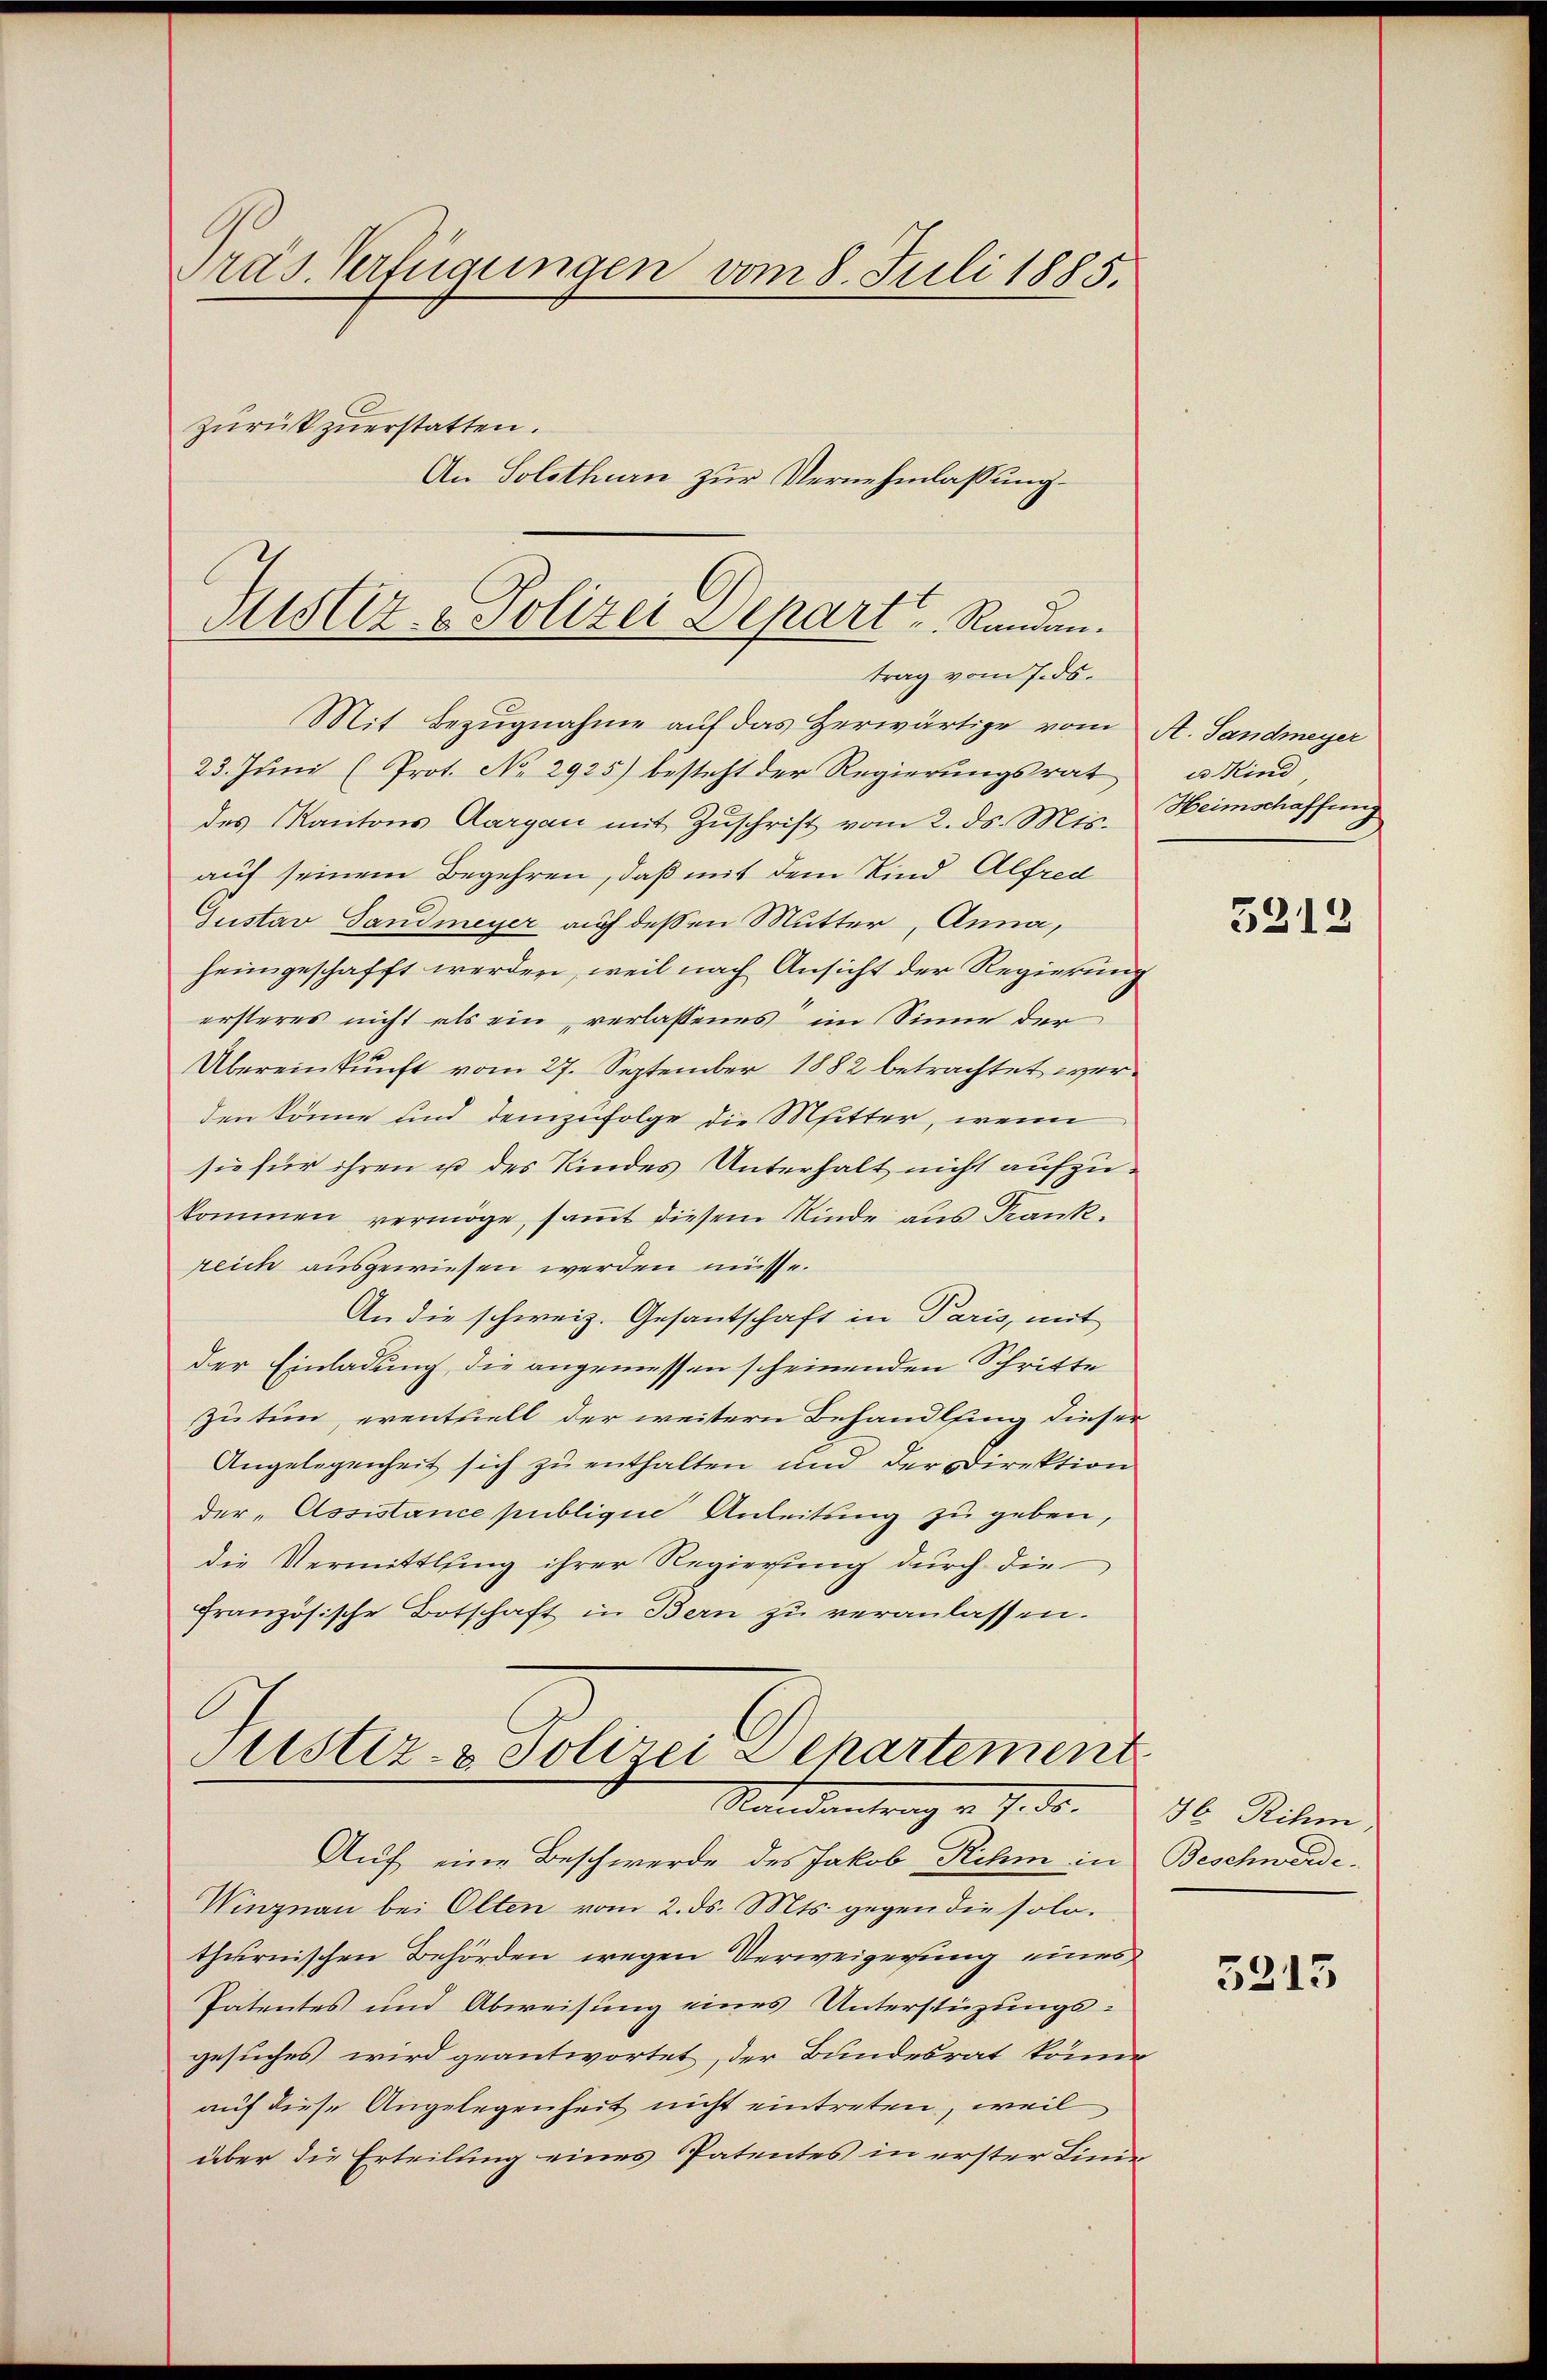
ras. Verfügungen vom 8. Juli 1885.
Zurükzuerstatten.
An Solothurn zur Vernehmlassung.

Justiz- & Polizei Depart u. Randen.
trag vom Ends¬

Mit Bezugnahme auf das Herwärtige vom A. Sandmeyer
23. Juni (Prot. No 2925) besteht der Regierungsrat
des Kantons Aargau mit Zŭschrift vom 2. ds. Mts.
auf seinem Begehren, daß mit dem Kind Alfred
Gustav Sandmeyer auf dessen Mutter, Anna,
heimgeschafft werden, weil nach Ansicht der Regierung
ersteres nicht als ein, verlassenes im Sinne der
Übereinkunft vom 27. September 1882 betrachtet werden könne und demzufolge die Mitter, wenn
sie für ihren u des Kindes Unterhalt nicht aufzukommen vermöge, samt diesem Kinde aus Krankreich ausgewiesen werden müsse.
An die schweiz. Gesantschaft in Paris, mit
der Einladung, die angemessen scheinenden Schritte
zu tun, eventuell der weitern Behandlung dieser
Angelegenheit sich zu enthalten und der Direktion
der „Assistance publigen Anleitung zu geben,
die Vermittlung ihrer Regierung durch die
französische Botschaft in Bern zu veranlassen.
Justiz- & Polizei Departement

Standentrag v. 7. ds. 36 Riken,

Auf eine Beschwerde des Jakob Rihm in
Winznau bei Olten vom 2. ds. Mts. gegen die solo.
thurnischen Behörden wegen Verweigerung eines
Patentes und Abweisung eines Unterstüzungs-
gesuches wird geantwortet, der Bundesrat könne
auf diese Angelegenheit nicht eintreten, weil
über die Erteilung eines Patentes in erster Linie

u Kind
Heimschaffen

5212

Beschwerde.

5213